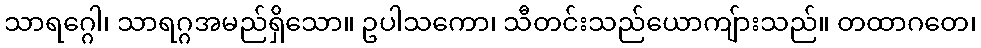
သာရဂ္ဂေါ၊ သာရဂ္ဂအမည်ရှိသော။ ဥပါသကော၊ သီတင်းသည်ယောကျ်ားသည်။ တထာဂတေ၊